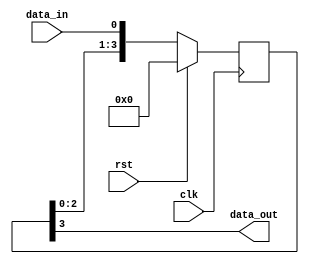
//design file

module leftshift_4bit(clk,rst,data_in,data_out);
  input clk,rst;
  input data_in;
  output data_out;
  
  reg [3:0]temp;
  
  always@(posedge clk)
    begin
      if(rst)
        temp<=4'b0000;
      else
        temp<={temp[2:0],data_in};
    end
  
  assign data_out=temp[3];
  
endmodule